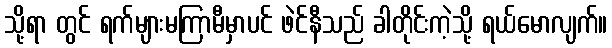
သို့ရာ တွင် ရက်များမကြာမီမှာပင် ဖဲင်နီသည် ခါတိုင်းကဲ့သို့ ရယ်မောလျက်။